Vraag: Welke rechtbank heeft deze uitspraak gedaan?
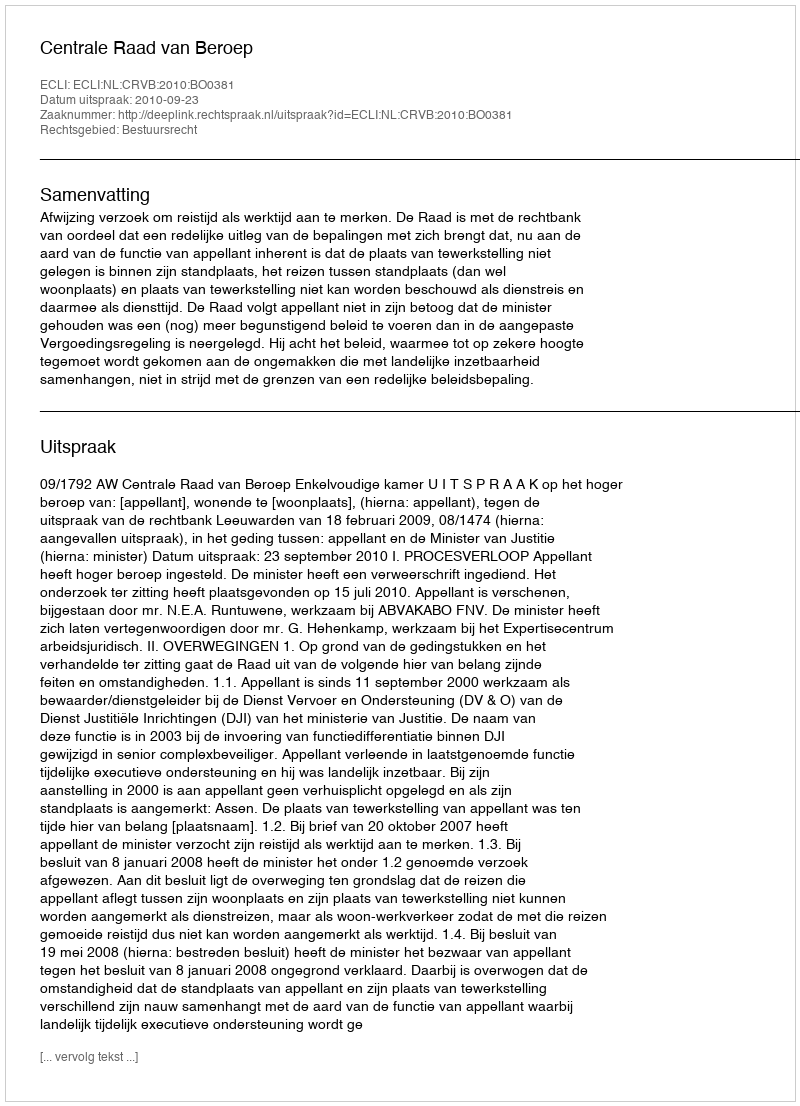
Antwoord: Centrale Raad van Beroep